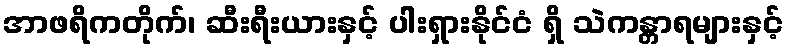
အာဖရိကတိုက်၊ ဆီးရီးယားနှင့် ပါးရှားနိုင်ငံ ရှိ သဲကန္တာရများနှင့်